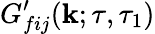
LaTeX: G_{fij}^{\prime}(\mathbf{k};\tau,\tau_{1})